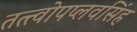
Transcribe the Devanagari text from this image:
तत्त्वोपप्लवसिंह